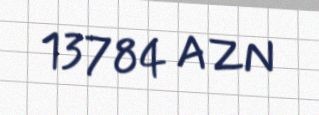
13784 AZN